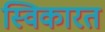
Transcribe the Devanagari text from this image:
स्विकारत